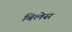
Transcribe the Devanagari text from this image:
बिलेस